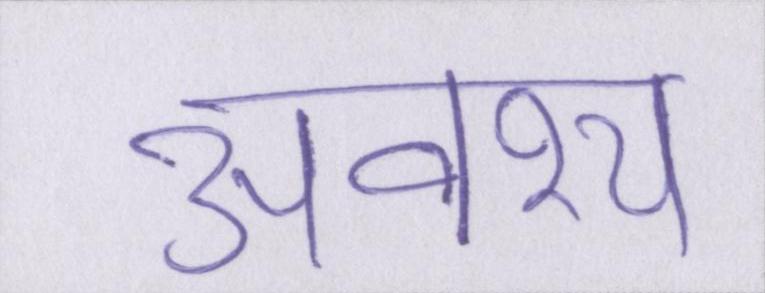
अवश्य